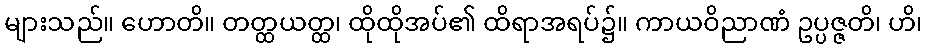
များသည်။ ဟောတိ။ တတ္ထယတ္ထ၊ ထိုထိုအပ်၏ ထိရာအရပ်၌။ ကာယဝိညာဏံ ဥပ္ပဇ္ဇတိ၊ ဟိ၊